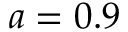
a = 0 . 9